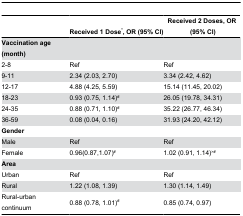
<table><thead><tr><td></td><td><b>Received 1 Dose<sup>*</sup>, OR (95% CI)</b></td><td><b>Received 2 Doses, OR(95% CI)</b></td></tr></thead><tbody><tr><td><b>Vaccination age (month)</b></td><td></td><td></td></tr><tr><td>2-8</td><td>Ref</td><td>Ref</td></tr><tr><td>9-11</td><td>2.34 (2.03, 2.70)</td><td>3.34 (2.42, 4.62)</td></tr><tr><td>12-17</td><td>4.88 (4.25, 5.59)</td><td>15.14 (11.45, 20.02)</td></tr><tr><td>18-23</td><td>0.93 (0.75, 1.14)<sup>#</sup></td><td>26.05 (19.78, 34.31)</td></tr><tr><td>24-35</td><td>0.88 (0.71, 1.10)<sup>#</sup></td><td>35.22 (26.77, 46.34)</td></tr><tr><td>36-59</td><td>0.08 (0.04, 0.16)</td><td>31.93 (24.20, 42.12)</td></tr><tr><td><b>Gender</b></td><td></td><td></td></tr><tr><td>Male</td><td>Ref</td><td>Ref</td></tr><tr><td>Female</td><td>0.96(0.87,1.07)<sup>#</sup></td><td>1.02 (0.91, 1.14)<sup>&gt;#</sup></td></tr><tr><td><b>Area</b></td><td></td><td></td></tr><tr><td>Urban</td><td>Ref</td><td>Ref</td></tr><tr><td>Rural</td><td>1.22 (1.08, 1.39)</td><td>1.30 (1.14, 1.49)</td></tr><tr><td>Rural-urban continuum</td><td>0.88 (0.78, 1.01)<sup>#</sup></td><td>0.85 (0.74, 0.97)</td></tr></tbody></table>